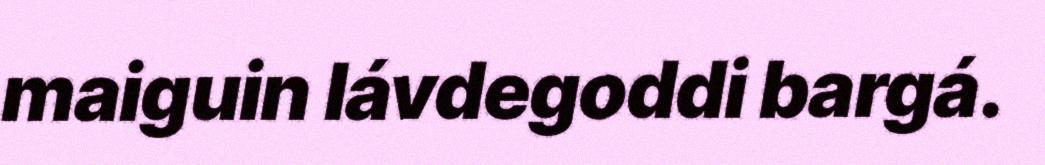
maiguin lávdegoddi bargá.